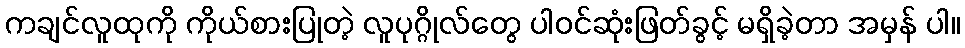
ကချင်လူထုကို ကိုယ်စားပြုတဲ့ လူပုဂ္ဂိုလ်တွေ ပါဝင်ဆုံးဖြတ်ခွင့် မရှိခဲ့တာ အမှန် ပါ။